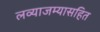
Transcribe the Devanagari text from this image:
लव्याजम्यासहित